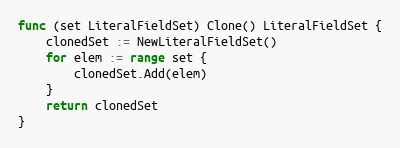
Language: Go
func (set LiteralFieldSet) Clone() LiteralFieldSet {
	clonedSet := NewLiteralFieldSet()
	for elem := range set {
		clonedSet.Add(elem)
	}
	return clonedSet
}